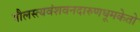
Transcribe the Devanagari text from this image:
पौलस्त्यवंशवनदारुणधूमकेतो